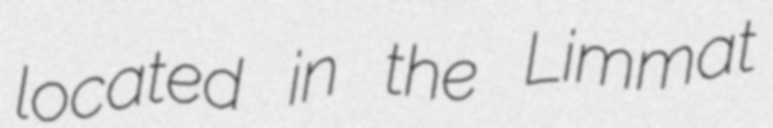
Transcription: located in the Limmat